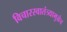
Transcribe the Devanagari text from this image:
विचारस्वातंत्र्यामुळेच